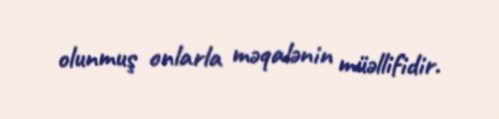
olunmuş onlarla məqalənin müəllifidir.